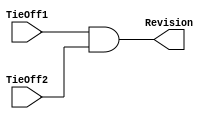
// This program was cloned from: https://github.com/verimake-team/SparkRoad-V
// License: MIT License

// --=================================================================--
// This confidential and proprietary software may be used only as
// authorised by a licensing agreement from ARM Limited
//   (C) COPYRIGHT 2007-2008 ARM Limited
//       ALL RIGHTS RESERVED
// The entire notice above must be reproduced on all authorised
// copies and copies may only be made to the extent permitted
// by a licensing agreement from ARM Limited.
//
// ---------------------------------------------------------------------
// Version and Release Control Information:
//
// File Revision          : 20352
//
//  Release Information : Cortex-M0 DesignStart-r2p0-00rel0
//
// ---------------------------------------------------------------------
// Purpose :
//           Revision Designator Module
//
// --=================================================================--

// ---------------------------------------------------------------------

module SspRevAnd (
// Inputs
                 TieOff1,
                 TieOff2,
// Outputs
                 Revision
                 );

// Inputs
input        TieOff1;  // AND gate input 1
input        TieOff2;  // AND gate input 2
// Outputs
output       Revision; // AND gate output

// ---------------------------------------------------------------------
//
//                              SspRevAnd
//                              =========
//
// ---------------------------------------------------------------------
//
// Overview
// ========
//   This module contains a single AND gate to be used as a
// place-holder cell to mark the Revision of the Ssp.
// The 2 input pins will be tied-off at the top level of the
// hierarchy. These "TieOffs" can be identified during layout
// and re-wired to "VDD" or "VSS" if needed.
//
// ---------------------------------------------------------------------


// ---------------------------------------------------------------------
// Register declarations
// ---------------------------------------------------------------------


// ---------------------------------------------------------------------
//
// Main body of code
// =================
//
// ---------------------------------------------------------------------



assign Revision = TieOff1 & TieOff2;

endmodule

// --============================== End ==============================--